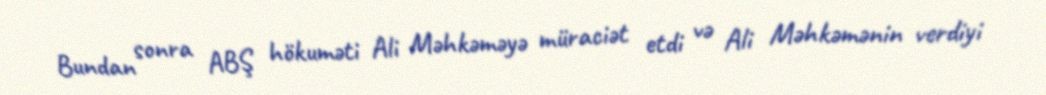
Bundan sonra ABŞ hökuməti Ali Məhkəməyə müraciət etdi və Ali Məhkəmənin verdiyi